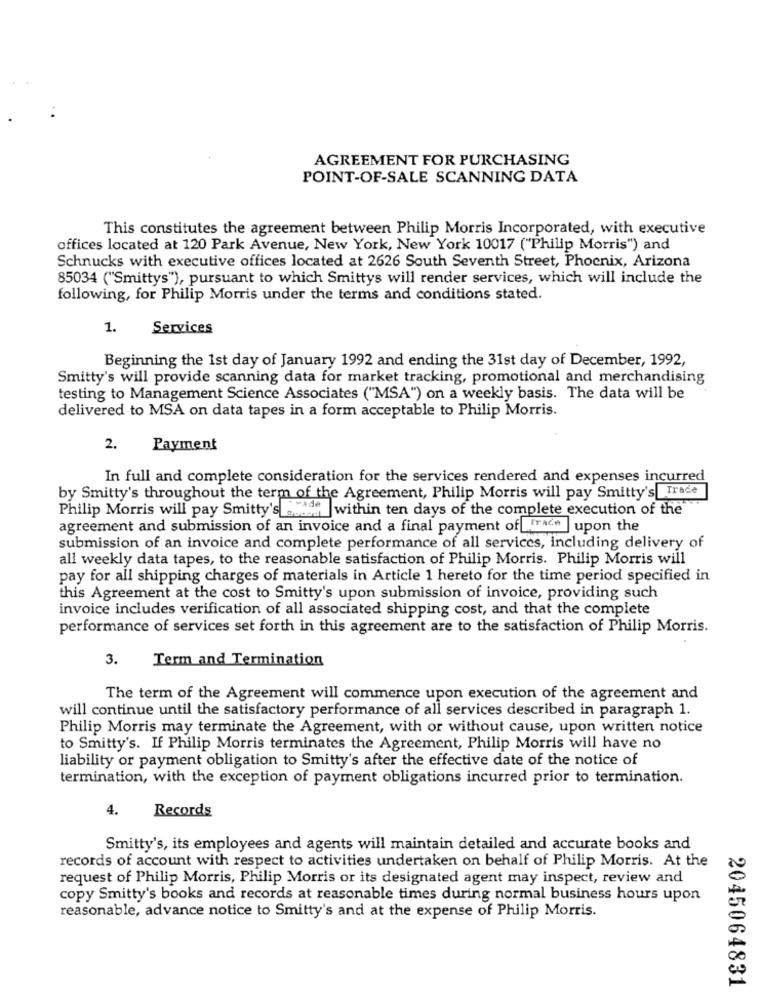
AGREEMENT FOR PURCHASING
POINT-OF-SALE SCANNING DATA
This constitutes the agreement between Philip Morris Incorporated, with executive
offices located at 120 Park Avenue, New York, New York 10017 ("Philip Morris") and
Schnucks with executive offices located at 2626 South Seventh Street, Phoenix, Arizona
85034 ("Smittys"), pursuant to which Smittys will render services, which will include the
following, for Philip Morris under the terms and conditions stated.
1.
Services
Beginning the 1st day of January 1992 and ending the 31st day of December, 1992,
Smitty's will provide scanning data for market tracking, promotional and merchandising
testing to Management Science Associates ("MSA") on a weekly basis. The data will be
delivered to MSA on data tapes in a form acceptable to Philip Morris.
2.
Payment
In full and complete consideration for the services rendered and expenses incurred
by Smitty's throughout the term of the Agreement, Philip Morris will pay Smitty's Trade
wade within ten days of the complete execution of the
Philip Morris will pay Smitty's coded
agreement and submission of an invoice and a final payment of frade upon the
submission of an invoice and complete performance of all services, Including delivery of
all weekly data tapes, to the reasonable satisfaction of Philip Morris. Philip Morris will
pay for all shipping charges of materials in Article 1 hereto for the time period specified in
this Agreement at the cost to Smitty's upon submission of invoice, providing such
invoice includes verification of all associated shipping cost, and that the complete
performance of services set forth in this agreement are to the satisfaction of Philip Morris.
3.
Term and Termination
The term of the Agreement will commence upon execution of the agreement and
will continue until the satisfactory performance of all services described in paragraph 1.
Philip Morris may terminate the Agreement, with or without cause, upon written notice
to Smitty's. If Philip Morris terminates the Agreement, Philip Morris will have no
liability or payment obligation to Smitty's after the effective date of the notice of
termination, with the exception of payment obligations incurred prior to termination.
4.
Records
Smitty's, its employees and agents will maintain detailed and accurate books and
records of account with respect to activities undertaken on behalf of Philip Morris. At the
request of Philip Morris, Philip Morris or its designated agent may inspect, review and
copy Smitty's books and records at reasonable times during normal business hours upon
reasonable, advance notice to Smitty's and at the expense of Philip Morris.
2045064831